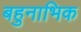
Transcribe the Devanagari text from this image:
बहुनाभिक